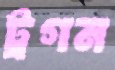
ট্রগন